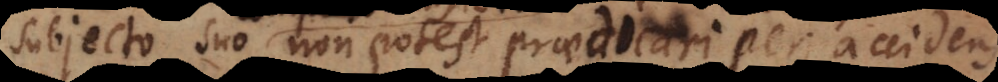
subjecto suo non potest praedicari per accidens